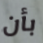
بأن